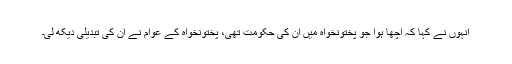
انہوں نے کہا کہ اچھا ہوا جو پختونخواہ میں ان کی حکومت تھی، پختونخواہ کے عوام نے ان کی تبدیلی دیکھ لی۔